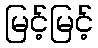
မြင့်မြင့်